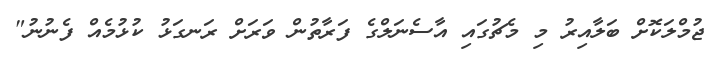
ޖުމްލަކޮށް ބަލާއިރު މި މެޗުގައި އާސެނަލްގެ ފަރާތުން ވަރަށް ރަނގަޅު ކުޅުމެއް ފެނުނު"